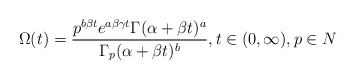
\begin{align*} \Omega(t)=\frac{p^{b\beta t}e^{a\beta \gamma t}\Gamma(\alpha+\beta t)^a}{\Gamma_p(\alpha+\beta t)^b}, t\in (0,\infty), p\in N\end{align*}